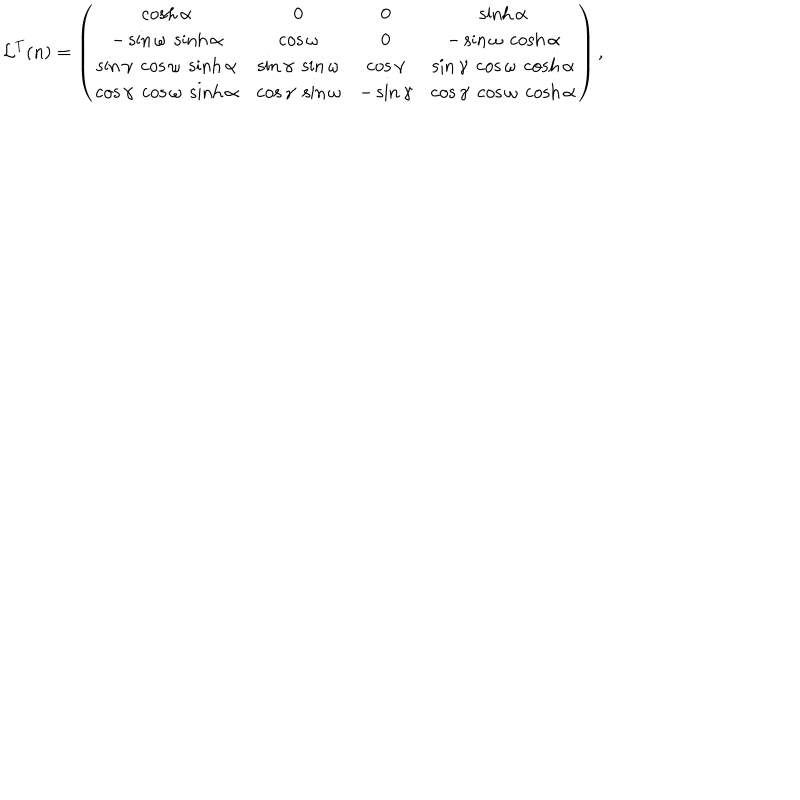
{ \cal L } ^ { T } ( n ) = \left( \begin{matrix} { { \cosh \alpha } } & { { 0 } } & { { 0 } } & { { \sinh \alpha } } \\ { { - \sin \omega \; \sinh \alpha } } & { { \cos \omega } } & { { 0 } } & { { - \sin \omega \; \cosh \alpha } } \\ { { \sin \gamma \; \cos \omega \; \sinh \alpha } } & { { \sin \gamma \; \sin \omega } } & { { \cos \gamma } } & { { \sin \gamma \; \cos \omega \; \cosh \alpha } } \\ { { \cos \gamma \; \cos \omega \; \sinh \alpha } } & { { \cos \gamma \; \sin \omega } } & { { - \sin \gamma } } & { { \cos \gamma \; \cos \omega \; \cosh \alpha } } \\ \end{matrix} \right) ,